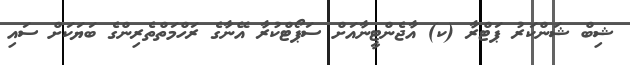
ޝިބް ޝަންކަރު ޕަޓްރާ (ކ) އާޖެންޓީނާއަށް ސަޕޯޓްކުރާ އޭނާގެ ރަހްމަތްތެރިންގެ ބަޔަކަށް ސައި